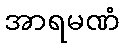
အာရမဏံ